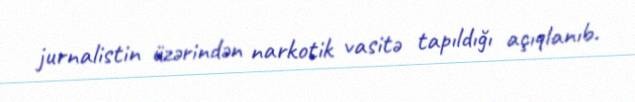
jurnalistin üzərindən narkotik vasitə tapıldığı açıqlanıb.